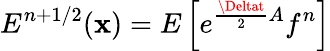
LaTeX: E^{n+1/2}(\mathbf{x})=E\left[e^{\frac{{\Deltat}}{{2}}A}f^{n}\right]